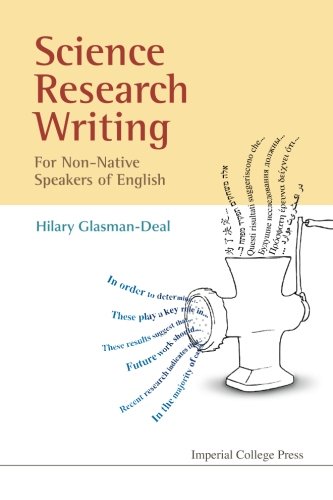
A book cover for Science Research Writing for Non-Native Speakers of English; Hilary Glasman-Deal; Science & Math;